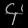
Digit: ၄